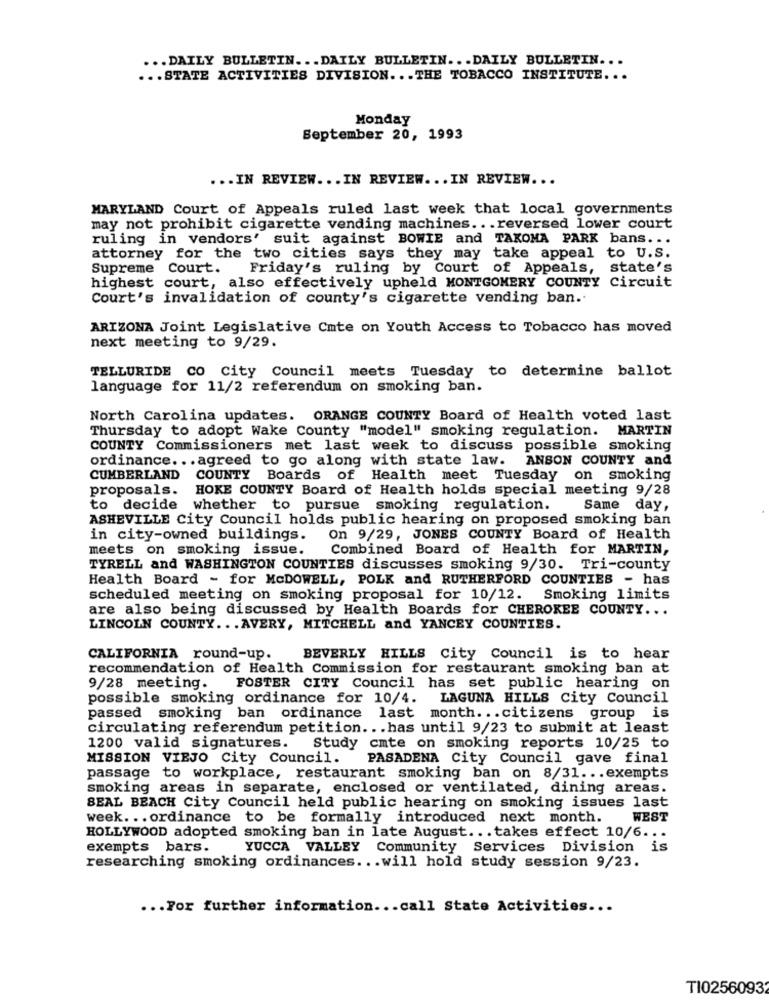
... DAILY BULLETIN ... DAILY BULLETIN ... DAILY BULLETIN ...
... STATE ACTIVITIES DIVISION ... THE TOBACCO INSTITUTE ...
Monday
September 20, 1993
... IN REVIEW ... IN REVIEW ... IN REVIEW ...
MARYLAND Court of Appeals ruled last week that local governments
may not prohibit cigarette vending machines .. . reversed lower court
ruling in vendors' suit against BOWIE and TAKOMA PARK bans ...
attorney for the two cities says they may take appeal to U.S.
Supreme Court.
Friday's ruling by Court of Appeals, state's
highest court, also effectively upheld MONTGOMERY COUNTY Circuit
Court's invalidation of county's cigarette vending ban ..
ARIZONA Joint Legislative Cmte on Youth Access to Tobacco has moved
next meeting to 9/29.
TELLURIDE CO City Council meets Tuesday to determine ballot
language for 11/2 referendum on smoking ban.
North Carolina updates. ORANGE COUNTY Board of Health voted last
Thursday to adopt Wake County "model" smoking regulation. MARTIN
COUNTY Commissioners met last week to discuss possible smoking
ordinance ... agreed to go along with state law.
ANSON COUNTY and
CUMBERLAND COUNTY Boards of Health meet Tuesday on smoking
proposals.
HOKE COUNTY Board of Health holds special meeting 9/28
to decide whether to pursue smoking regulation.
Same day,
ASHEVILLE City Council holds public hearing on proposed smoking ban
in city-owned buildings.
On 9/29, JONES COUNTY Board of Health
meets on smoking issue.
Combined Board of Health for MARTIN,
TYRELL and WASHINGTON COUNTIES discusses smoking 9/30. Tri-county
Health Board - for McDOWELL, POLK and RUTHERFORD COUNTIES - has
scheduled meeting on smoking proposal for 10/12. Smoking limits
are also being discussed by Health Boards for CHEROKEE COUNTY ...
LINCOLN COUNTY ... AVERY, MITCHELL and YANCEY COUNTIES.
CALIFORNIA round-up.
BEVERLY HILLS City Council is to hear
recommendation of Health Commission for restaurant smoking ban at
9/28 meeting.
FOSTER CITY Council has set public hearing on
possible smoking ordinance for 10/4. LAGUNA HILLS City Council
passed smoking ban ordinance last month ... citizens group is
circulating referendum petition ... has until 9/23 to submit at least
1200 valid signatures. Study cmte on smoking reports 10/25 to
MISSION VIEJO City Council.
PASADENA City Council gave final
passage to workplace, restaurant smoking ban on 8/31 ... exempts
smoking areas in separate, enclosed or ventilated, dining areas.
SEAL BEACH City Council held public hearing on smoking issues last
week ... ordinance to be formally introduced next month.
WEST
HOLLYWOOD adopted smoking ban in late August ... takes effect 10/6 ...
exempts bars.
YUCCA VALLEY Community Services Division is
researching smoking ordinances ... will hold study session 9/23.
... For further information ... call State Activities ...
TI02560932